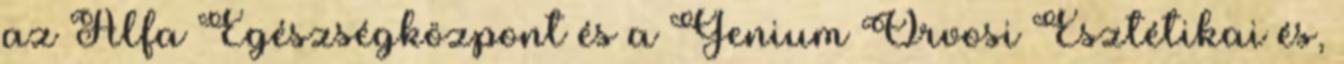
az Alfa Egészségközpont és a Genium Orvosi Esztétikai és,